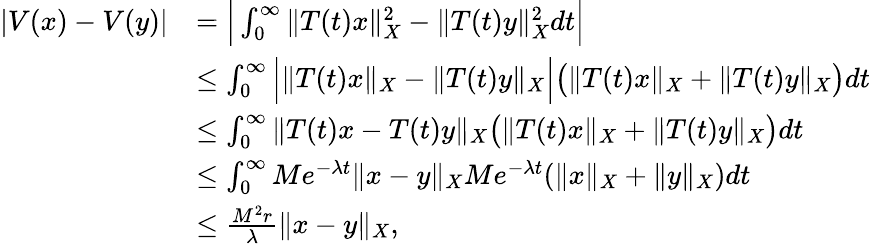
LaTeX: \begin{array}{rl}{|V(x)-V(y)|}&{=\Big|\int_{0}^{\infty}\| T(t)x\| _{X}^{2}-\| T(t)y\| _{X}^{2}dt\Big|}\\ &{\leq\int_{0}^{\infty}\Big|\| T(t)x\| _{X}-\| T(t)y\| _{X}\Big|\big(\| T(t)x\| _{X}+\| T(t)y\| _{X}\big)dt}\\ &{\leq\int_{0}^{\infty}\| T(t)x-T(t)y\| _{X}\big(\| T(t)x\| _{X}+\| T(t)y\| _{X}\big)dt}\\ &{\leq\int_{0}^{\infty}Me^{-\lambda t}\| x-y\| _{X}Me^{-\lambda t}(\| x\| _{X}+\| y\| _{X})dt}\\ &{\leq\frac{M^{2}r}{\lambda}\| x-y\| _{X},}\end{array}